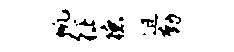
帆征德迫勤